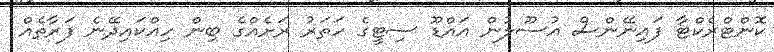
ކޮންޓްރެކްޓާ ފައިނޭންސް އުސޫލުން އައްޑޫ ސިޓީގެ ހަތަރު ރަށެއްގެ ބިން ހިއްކައިދޭނެ ފަރާތެއް